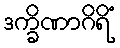
ဒက္ခိဏာဂိရိံ